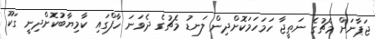
ޖަޕާނަށް މެޗުގެ ނަތީޖާ ހަމަހަމަކޮށްދިން ލަނޑު މެޗުގެ ދެވަނަ ހާފްގައި ކާމިޔާބުކޮށްދިނީ ގަކޫ